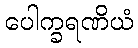
ပေါက္ခရဏိယံ